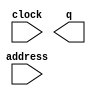
// megafunction wizard: %ROM: 1-PORT%VBB%
// GENERATION: STANDARD
// VERSION: WM1.0
// MODULE: altsyncram 

// ============================================================
// Megafunction Name(s):
// 			altsyncram
//
// Simulation Library Files(s):
// 			altera_mf
// ============================================================
// ************************************************************
// THIS IS A WIZARD-GENERATED FILE. DO NOT EDIT THIS FILE!
//
// 15.1.2 Build 193 02/01/2016 SJ Lite Edition
// ************************************************************

//Copyright (C) 1991-2016 Altera Corporation. All rights reserved.
//Your use of Altera Corporation's design tools, logic functions 
//and other software and tools, and its AMPP partner logic 
//functions, and any output files from any of the foregoing 
//(including device programming or simulation files), and any 
//associated documentation or information are expressly subject 
//to the terms and conditions of the Altera Program License 
//Subscription Agreement, the Altera Quartus Prime License Agreement,
//the Altera MegaCore Function License Agreement, or other 
//applicable license agreement, including, without limitation, 
//that your use is for the sole purpose of programming logic 
//devices manufactured by Altera and sold by Altera or its 
//authorized distributors.  Please refer to the applicable 
//agreement for further details.

module sxrRISC621_rom (
	address,
	clock,
	q);

	input	[13:0]  address;
	input	  clock;
	output	[13:0]  q;
`ifndef ALTERA_RESERVED_QIS
// synopsys translate_off
`endif
	tri1	  clock;
`ifndef ALTERA_RESERVED_QIS
// synopsys translate_on
`endif

endmodule

// ============================================================
// CNX file retrieval info
// ============================================================
// Retrieval info: PRIVATE: ADDRESSSTALL_A NUMERIC "0"
// Retrieval info: PRIVATE: AclrAddr NUMERIC "0"
// Retrieval info: PRIVATE: AclrByte NUMERIC "0"
// Retrieval info: PRIVATE: AclrOutput NUMERIC "0"
// Retrieval info: PRIVATE: BYTE_ENABLE NUMERIC "0"
// Retrieval info: PRIVATE: BYTE_SIZE NUMERIC "8"
// Retrieval info: PRIVATE: BlankMemory NUMERIC "0"
// Retrieval info: PRIVATE: CLOCK_ENABLE_INPUT_A NUMERIC "0"
// Retrieval info: PRIVATE: CLOCK_ENABLE_OUTPUT_A NUMERIC "0"
// Retrieval info: PRIVATE: Clken NUMERIC "0"
// Retrieval info: PRIVATE: IMPLEMENT_IN_LES NUMERIC "0"
// Retrieval info: PRIVATE: INIT_FILE_LAYOUT STRING "PORT_A"
// Retrieval info: PRIVATE: INIT_TO_SIM_X NUMERIC "0"
// Retrieval info: PRIVATE: INTENDED_DEVICE_FAMILY STRING "Cyclone V"
// Retrieval info: PRIVATE: JTAG_ENABLED NUMERIC "0"
// Retrieval info: PRIVATE: JTAG_ID STRING "NONE"
// Retrieval info: PRIVATE: MAXIMUM_DEPTH NUMERIC "0"
// Retrieval info: PRIVATE: MIFfilename STRING "sxrRISC621_rom.mif"
// Retrieval info: PRIVATE: NUMWORDS_A NUMERIC "16384"
// Retrieval info: PRIVATE: RAM_BLOCK_TYPE NUMERIC "0"
// Retrieval info: PRIVATE: RegAddr NUMERIC "1"
// Retrieval info: PRIVATE: RegOutput NUMERIC "0"
// Retrieval info: PRIVATE: SYNTH_WRAPPER_GEN_POSTFIX STRING "0"
// Retrieval info: PRIVATE: SingleClock NUMERIC "1"
// Retrieval info: PRIVATE: UseDQRAM NUMERIC "0"
// Retrieval info: PRIVATE: WidthAddr NUMERIC "14"
// Retrieval info: PRIVATE: WidthData NUMERIC "14"
// Retrieval info: PRIVATE: rden NUMERIC "0"
// Retrieval info: LIBRARY: altera_mf altera_mf.altera_mf_components.all
// Retrieval info: CONSTANT: ADDRESS_ACLR_A STRING "NONE"
// Retrieval info: CONSTANT: CLOCK_ENABLE_INPUT_A STRING "BYPASS"
// Retrieval info: CONSTANT: CLOCK_ENABLE_OUTPUT_A STRING "BYPASS"
// Retrieval info: CONSTANT: INIT_FILE STRING "sxrRISC621_rom.mif"
// Retrieval info: CONSTANT: INTENDED_DEVICE_FAMILY STRING "Cyclone V"
// Retrieval info: CONSTANT: LPM_HINT STRING "ENABLE_RUNTIME_MOD=NO"
// Retrieval info: CONSTANT: LPM_TYPE STRING "altsyncram"
// Retrieval info: CONSTANT: NUMWORDS_A NUMERIC "16384"
// Retrieval info: CONSTANT: OPERATION_MODE STRING "ROM"
// Retrieval info: CONSTANT: OUTDATA_ACLR_A STRING "NONE"
// Retrieval info: CONSTANT: OUTDATA_REG_A STRING "UNREGISTERED"
// Retrieval info: CONSTANT: WIDTHAD_A NUMERIC "14"
// Retrieval info: CONSTANT: WIDTH_A NUMERIC "14"
// Retrieval info: CONSTANT: WIDTH_BYTEENA_A NUMERIC "1"
// Retrieval info: USED_PORT: address 0 0 14 0 INPUT NODEFVAL "address[13..0]"
// Retrieval info: USED_PORT: clock 0 0 0 0 INPUT VCC "clock"
// Retrieval info: USED_PORT: q 0 0 14 0 OUTPUT NODEFVAL "q[13..0]"
// Retrieval info: CONNECT: @address_a 0 0 14 0 address 0 0 14 0
// Retrieval info: CONNECT: @clock0 0 0 0 0 clock 0 0 0 0
// Retrieval info: CONNECT: q 0 0 14 0 @q_a 0 0 14 0
// Retrieval info: GEN_FILE: TYPE_NORMAL sxrRISC621_rom.v TRUE
// Retrieval info: GEN_FILE: TYPE_NORMAL sxrRISC621_rom.inc FALSE
// Retrieval info: GEN_FILE: TYPE_NORMAL sxrRISC621_rom.cmp FALSE
// Retrieval info: GEN_FILE: TYPE_NORMAL sxrRISC621_rom.bsf TRUE
// Retrieval info: GEN_FILE: TYPE_NORMAL sxrRISC621_rom_inst.v FALSE
// Retrieval info: GEN_FILE: TYPE_NORMAL sxrRISC621_rom_bb.v TRUE
// Retrieval info: LIB_FILE: altera_mf